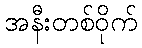
အနီးတစ်ဝိုက်